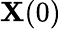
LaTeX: \mathbf{X}(0)